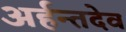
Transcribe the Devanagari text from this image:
अर्हन्तदेव